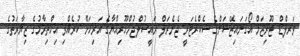
ވަރލްޑް ޓޫރިޒަމް އޯގަނައިޒޭޝަންގެ ސެކްރެޓަރީ ޖެނެރަލް ރައީސުލްޖުމްހޫރިއްޔާގެ އަރިހަށް ކުރެއްވި އިޚްތިރާމުގެ ޒިޔާރަތުގެ